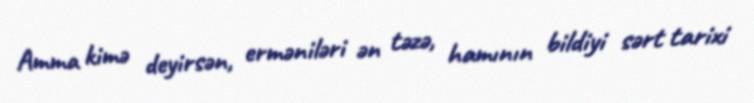
Amma kimə deyirsən, erməniləri ən təzə, hamının bildiyi sərt tarixi